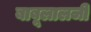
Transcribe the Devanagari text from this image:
बाबूलालजी